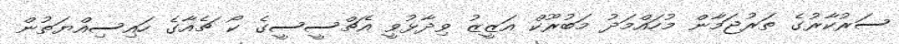
ސަރުކާރުގެ ތަރުޖަމާން މުހައްމަދު މަބުރޫކް އަޒީޒު ވިދާޅުވީ އެޗްސީސީގެ ކޯ ޗެއާގެ ހައިސިއްޔަތުން